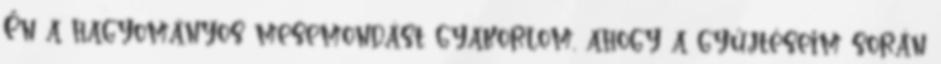
Én a hagyományos mesemondást gyakorlom, ahogy a gyűjtéseim során